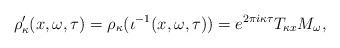
LaTeX: \begin{align*}\rho'_\kappa(x,\omega,\tau) = \rho_\kappa( \iota^{-1}(x,\omega,\tau)) = e^{2 \pi i \kappa \tau} T_{\kappa x} M_\omega,\end{align*}